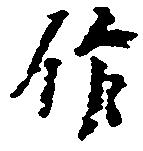
作